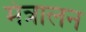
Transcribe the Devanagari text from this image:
मंत्रालन